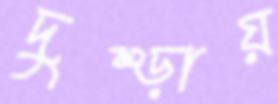
দুম্‌ড়ায়